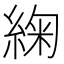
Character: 𮈜